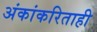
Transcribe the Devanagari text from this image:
अंकांकरिताही